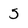
Character: 5